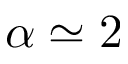
\alpha \simeq 2